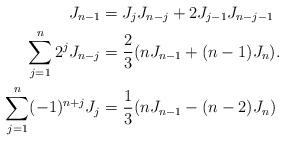
LaTeX: \begin{align*}J_{n-1}&=J_jJ_{n-j}+2J_{j-1}J_{n-j-1} \\\sum_{j=1}^n2^jJ_{n-j}&=\frac{2}{3}(nJ_{n-1}+(n-1)J_n). \\\sum_{j=1}^n(-1)^{n+j}J_j&=\frac{1}{3}(nJ_{n-1}-(n-2)J_n) \end{align*}